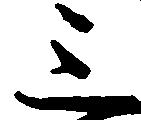
三